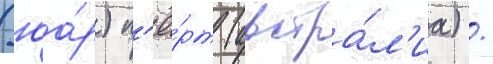
(юа́р) п'ё́рт (австра́л'иа) /